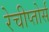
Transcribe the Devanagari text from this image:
रेचीप्तोर्स